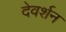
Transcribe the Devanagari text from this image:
देवर्शन